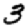
Digit: 3